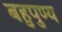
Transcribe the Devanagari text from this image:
बहुपुण्य